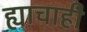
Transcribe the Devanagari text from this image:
ह्याचाही